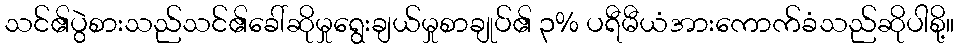
သင်၏ပွဲစားသည်သင်၏ခေါ်ဆိုမှုရွေးချယ်မှုစာချုပ်၏ ၃% ပရီမီယံအားကောက်ခံသည်ဆိုပါစို့။